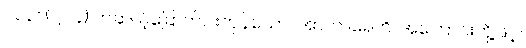
၂၀၃။ (၂၀၄) တဆယ့်ခြောက်ပါးကုန်သော။ အာကာရေဟိ၊ အကြောင်းတို့ဖြင့်။